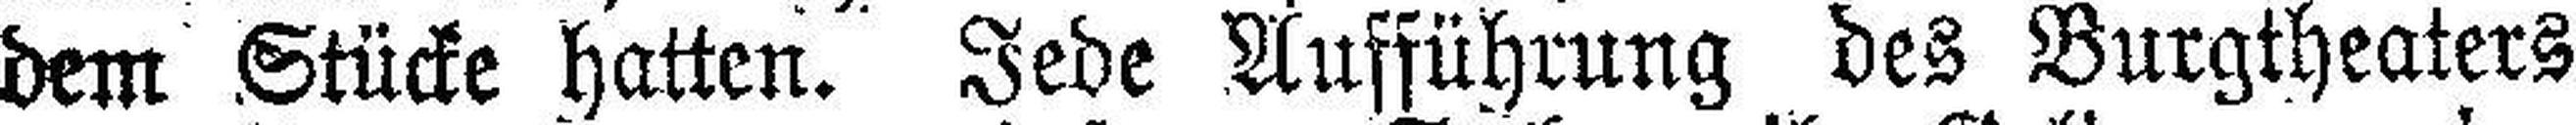
dem Stücke hatten. Jede Aufführung des Burgtheaters